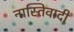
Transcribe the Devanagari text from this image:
नास्तिवादी